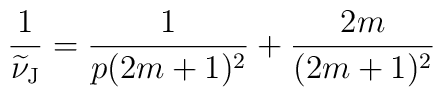
\frac{1}{\widetilde{\nu}_{\rm J}}=\frac{1}{p(2m+1)^2}+\frac{2m}{(2m+1)^2}